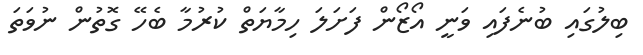
ބިލުގައި ބުނެފައި ވަނީ އޯޒޯން ފަށަލަ ހިމާޔަތް ކުރުމާ ބެހޭ ގޮތުން ނުވަތަ